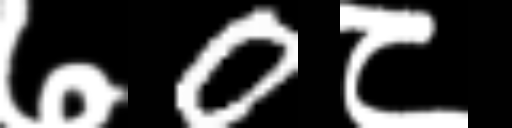
Text: ७0८